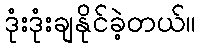
ဒုံးဒုံးချနိုင်ခဲ့တယ်။